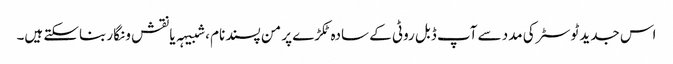
اس جدید ٹوسٹر کی مدد سے آپ ڈبل روٹی کے سادہ ٹکڑے پر من پسند نام ، شبیہہ یا نقش و نگار بناسکتے ہیں۔